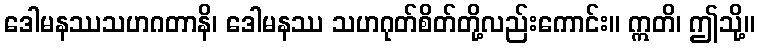
ဒေါမနဿသဟဂတာနိ၊ ဒေါမနဿ သဟဂုတ်စိတ်တို့လည်းကောင်း။ ဣတိ၊ ဤသို့။